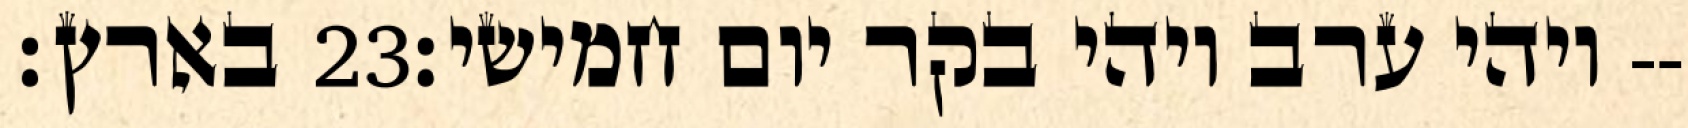
בארץ׃ ‎23‏ ויהי ערב ויהי בקר יום חמישי׃--